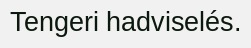
Tengeri hadviselés.